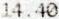
14.40